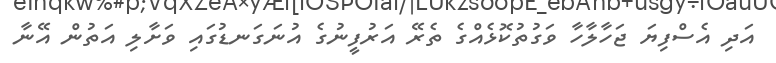
އަދި އެސްފިޔަ ޖަހާލާހާ ވަގުތުކޮޅެއްގެ ތެރޭ އަރުފީނުގެ އުނަގަނޑުގައި ވަށާލި އަތުން އޭނާ